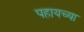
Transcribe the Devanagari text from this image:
पहायच्या